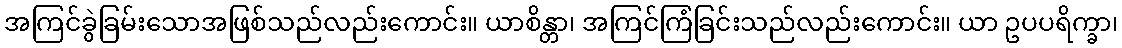
အကြင်ခွဲခြမ်းသောအဖြစ်သည်လည်းကောင်း။ ယာစိန္တာ၊ အကြင်ကြံခြင်းသည်လည်းကောင်း။ ယာ ဥပပရိက္ခာ၊